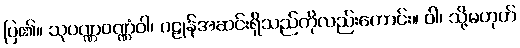
ပြ၏။ သုပဏ္ဏဝဏ္ဏံဝါ၊ ဂဠုန်အဆင်းရှိသည်ကိုလည်းကောင်း။ ဝါ၊ သို့မဟုတ်